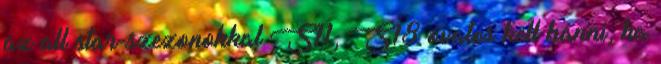
az all star-szezonokkal S11, S18 óvatos kell bánni, ha